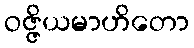
ဝဇ္ဇိယမာဟိတော